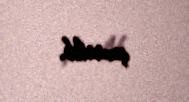
çevrilib.